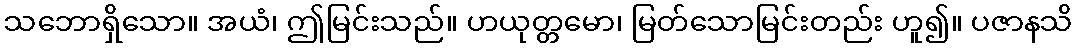
သဘောရှိသော။ အယံ၊ ဤမြင်းသည်။ ဟယုတ္တမော၊ မြတ်သောမြင်းတည်း ဟူ၍။ ပဇာနသိ